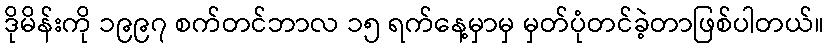
ဒိုမိန်းကို ၁၉၉၇ စက်တင်ဘာလ ၁၅ ရက်နေ့မှာမှ မှတ်ပုံတင်ခဲ့တာဖြစ်ပါတယ်။